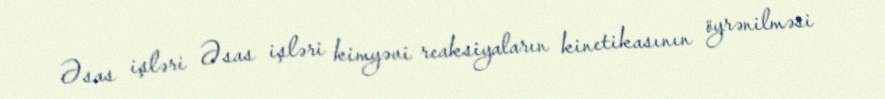
Əsas işləri Əsas işləri kimyəvi reaksiyaların kinetikasının öyrənilməsi